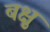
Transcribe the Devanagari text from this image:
बक्षु